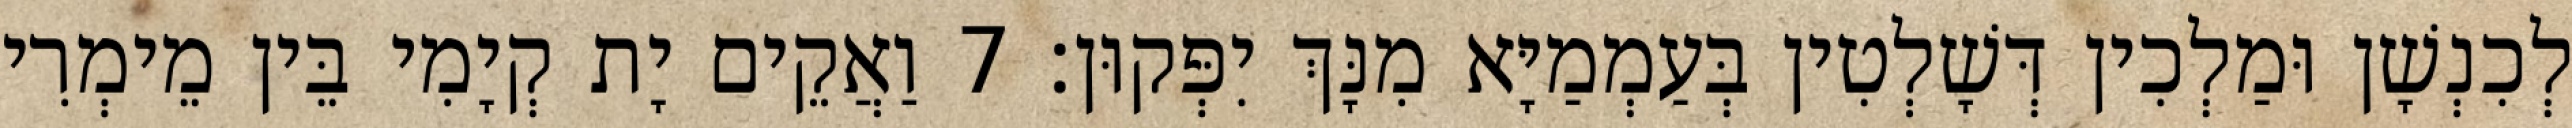
לְכִנְשָׁן וּמַלְכִין דְּשָׁלְטִין בְּעַמְמַיָּא מִנָּךְ יִפְּקוּן׃ 7 וַאֲקֵים יָת קְיָמִי בֵּין מֵימְרִי